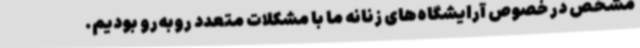
مشخص در خصوص آرایشگاه‌های زنانه ما با مشکلات متعدد روبه‌رو بودیم.